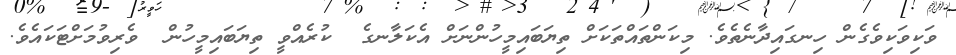
ވަކިވަކިވެގެން ހިނގައިދާނެތެވެ. މިކަންތައްތަކަށް ތިޔަބައިމީހުންނަށް އެކަލާނގެ  ކުރެއްވީ ތިޔަބައިމީހުން  ވެރިވުމަށްޓަކައެވެ.